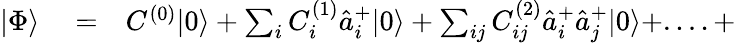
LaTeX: \begin{array}{rlr}{|\Phi\rangle}&{{}=}&{C^{(0)}|0\rangle+\sum_{i}C_{i}^{(1)}\hat{a}_{i}^{+}|0\rangle+\sum_{ij}C_{ij}^{(2)}\hat{a}_{i}^{+}\hat{a}_{j}^{+}|0\rangle+....+}\end{array}